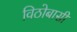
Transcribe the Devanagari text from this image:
विठोबासीं